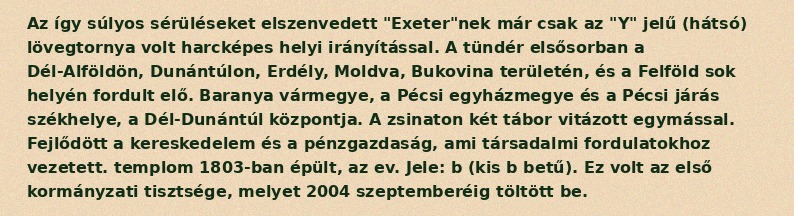
Az így súlyos sérüléseket elszenvedett "Exeter"nek már csak az "Y" jelű (hátsó) lövegtornya volt harcképes helyi irányítással. A tündér elsősorban a Dél-Alföldön, Dunántúlon, Erdély, Moldva, Bukovina területén, és a Felföld sok helyén fordult elő. Baranya vármegye, a Pécsi egyházmegye és a Pécsi járás székhelye, a Dél-Dunántúl központja. A zsinaton két tábor vitázott egymással. Fejlődött a kereskedelem és a pénzgazdaság, ami társadalmi fordulatokhoz vezetett. templom 1803-ban épült, az ev. Jele: b (kis b betű). Ez volt az első kormányzati tisztsége, melyet 2004 szeptemberéig töltött be.